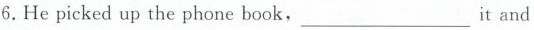
6. He picked up the phone book,___it and